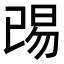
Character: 𬀺